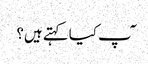
ٓپ کیا کہتے ہیں؟